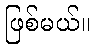
ဖြစ်မယ်။